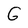
Character: G